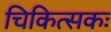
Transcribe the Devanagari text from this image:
चिकित्सकः